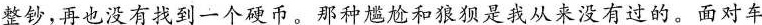
整钞，再也没有找到一个硬币。那种尴尬和狼狈是我从来没有过的。面对车